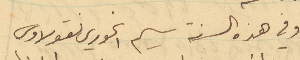
وفي هذه السنة سيم الخوري نيقولاوس